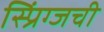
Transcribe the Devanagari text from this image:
स्प्रिंग्जची